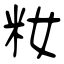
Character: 籹